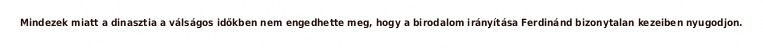
Mindezek miatt a dinasztia a válságos időkben nem engedhette meg, hogy a birodalom irányítása Ferdinánd bizonytalan kezeiben nyugodjon.